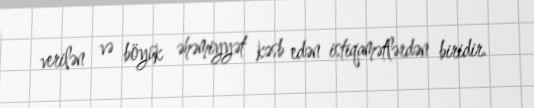
verilən və böyük əhəmiyyət kəsb edən istiqamətlərdən biridir.